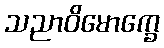
သညာဝိမောက္ခေ